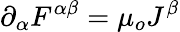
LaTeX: \partial_{\alpha}F^{\alpha\beta}=\mu_{o}J^{\beta}